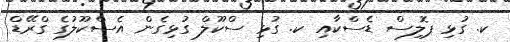
ކ. ގުޅި ޕޮލިސް ޑެސްކާއި ކ. ގުޅި ސްކޫލް ގުޅިގެން އެސްކޫލުގެ ގްރޭޑް